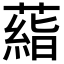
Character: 𬞙